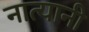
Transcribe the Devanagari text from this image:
नात्यानी